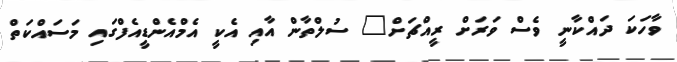
ވާހަކަ ދައްކާނީ ވެސް ވަރަށް ރީއްޗަށް" ސުލްތާން އާއި އެކީ އެމްއެންޑީއެފްގައި މަސައްކަތް